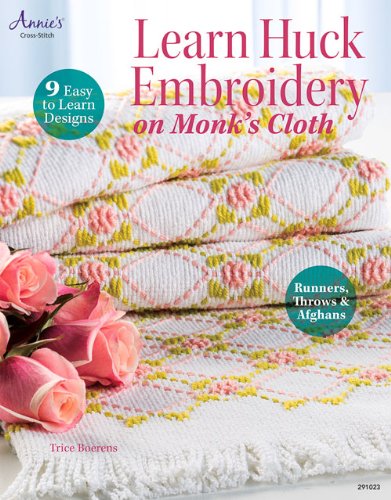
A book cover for Learn Huck Embroidery on Monk's Cloth (Annie's Needlework); Trice Boerens; Crafts, Hobbies & Home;